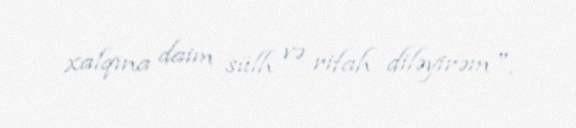
xalqına daim sülh və rifah diləyirəm".